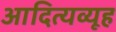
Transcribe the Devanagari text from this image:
आदित्यव्यूह